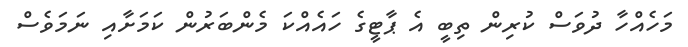
މަހެއްހާ ދުވަސް ކުރިން ތިބީ އެ ޕާޓީގެ ހައެއްކަ މެންބަރުން ކަމަށާއި ނަމަވެސް